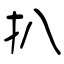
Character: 扒